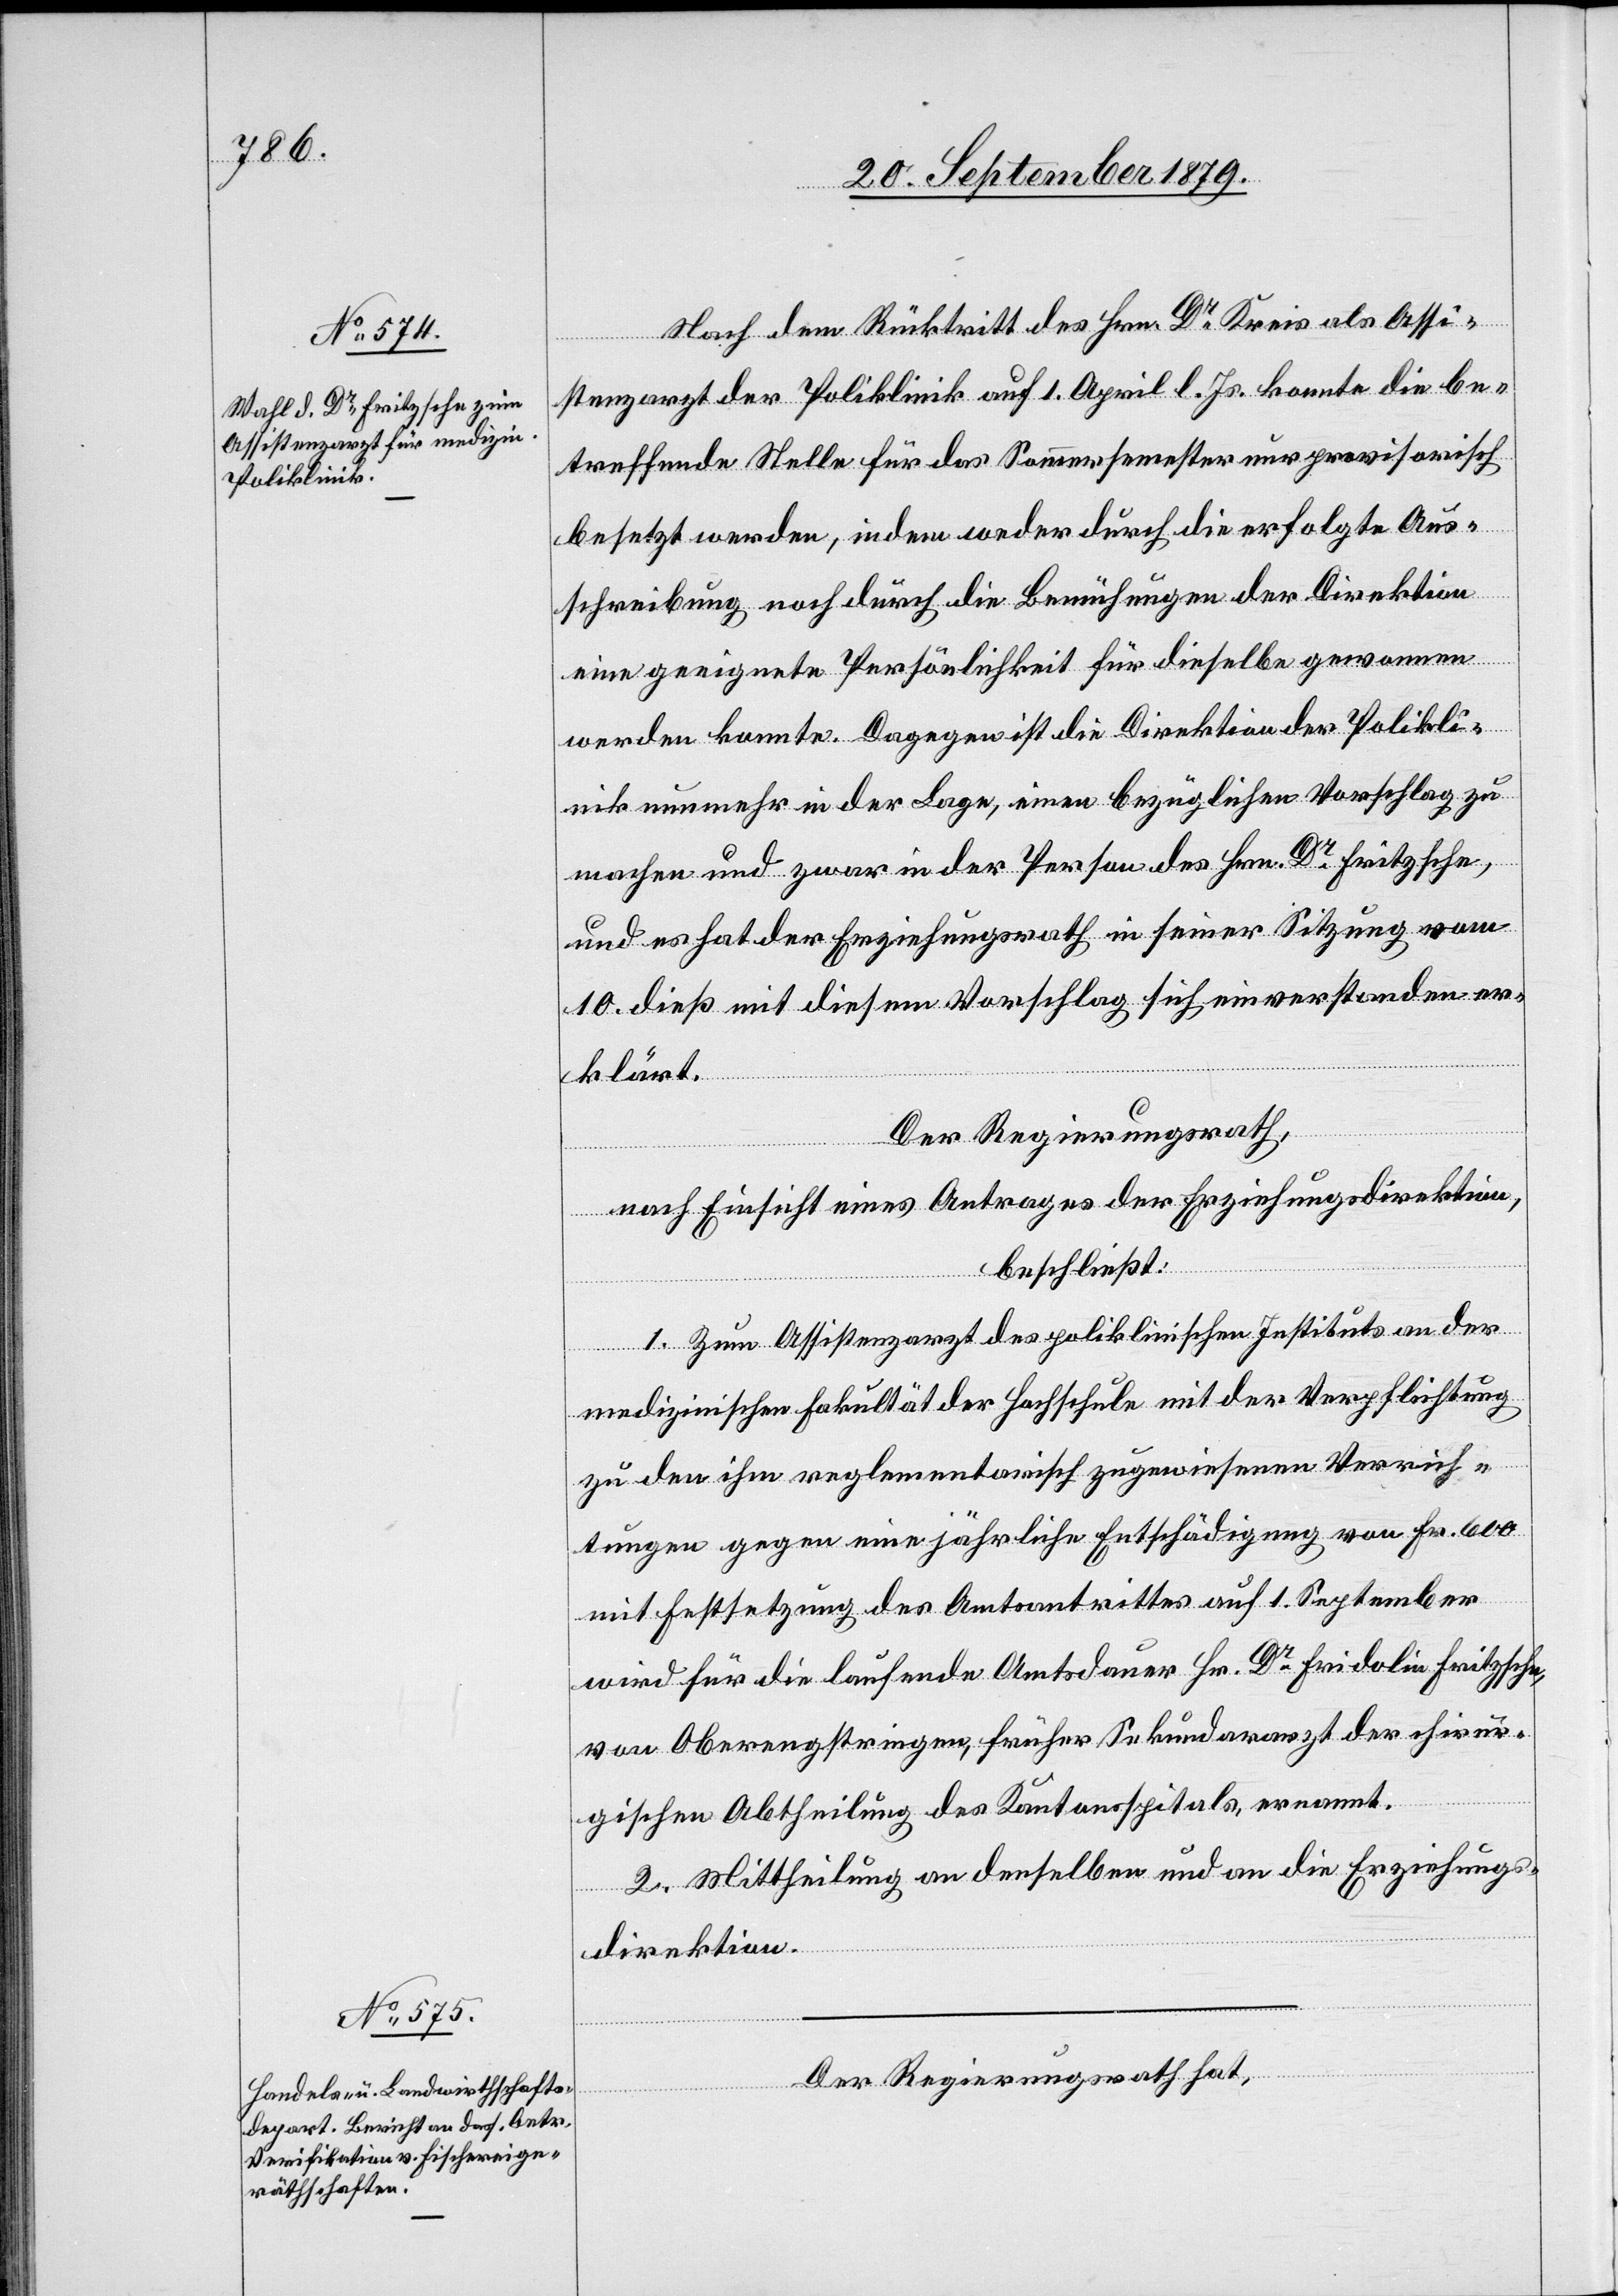
Nach dem Rücktritt des Hrn. Dr Kreis als Assi¬
stenzarzt der Poliklinik auf 1. April l. Js. konnte die be¬
treffende Stelle für das Sommersemester nur provisorisch
besetzt werden, indem weder durch die erfolgte Aus¬
schreibung noch durch die Bemühungen der Direktion
eine geeignete Persönlichkeit für dieselbe gewonnen
werden konnte. Dagegen ist die Direktion der Polikli¬
nik nunmehr in der Lage, einen bezüglichen Vorschlag zu
machen und zwar in der Person des Hrn. Dr Fritzsche,
und es hat der Erziehungsrath in seiner Sitzung vom
10. dieß mit diesem Vorschlag sich einverstanden er¬
klärt.
Der Regierungsrath,
nach Einsicht eines Antrages der Erziehungsdirektion,
beschließt:
1. Zum Assistenzarzt des poliklinischen Instituts an der
medizinischen Fakultät der Hochschule mit der Verpflichtung
zu den ihm reglementarisch zugewiesenen Verrich¬
tungen gegen eine jährliche Entschädigung von Fr. 600
mit Festsetzung des Amtsantrittes auf 1. September
wird für die laufende Amtsdauer Hr. Dr Fridolin Fritzsche,
von Oberengstringen, früher Sekundararzt der chirur¬
gischen Abtheilung des Kantonsspitals, ernannt.
2. Mittheilung an denselben und an die Erziehungs¬
direktion.
Der Regierungsrath hat,